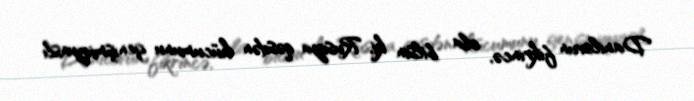
Danilovun fikrincə, ola bilsin ki, Rusiya qəsdən hücumunu genişmiqyaslı